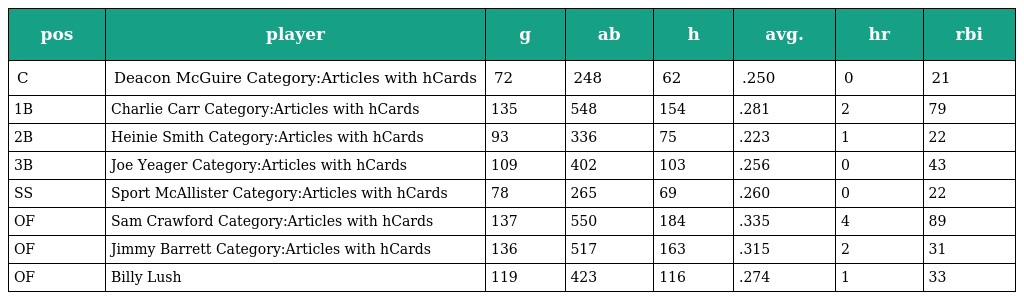
| pos | player | g | ab | h | avg. | hr | rbi |
 | --- | --- | --- | --- | --- | --- | --- | --- |
 | C | Deacon McGuire Category:Articles with hCards | 72 | 248 | 62 | .250 | 0 | 21 |
 | 1B | Charlie Carr Category:Articles with hCards | 135 | 548 | 154 | .281 | 2 | 79 |
 | 2B | Heinie Smith Category:Articles with hCards | 93 | 336 | 75 | .223 | 1 | 22 |
 | 3B | Joe Yeager Category:Articles with hCards | 109 | 402 | 103 | .256 | 0 | 43 |
 | SS | Sport McAllister Category:Articles with hCards | 78 | 265 | 69 | .260 | 0 | 22 |
 | OF | Sam Crawford Category:Articles with hCards | 137 | 550 | 184 | .335 | 4 | 89 |
 | OF | Jimmy Barrett Category:Articles with hCards | 136 | 517 | 163 | .315 | 2 | 31 |
 | OF | Billy Lush | 119 | 423 | 116 | .274 | 1 | 33 |